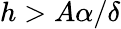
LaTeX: h>A\alpha/\delta